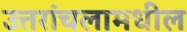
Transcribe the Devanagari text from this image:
उत्तरांचलामधील